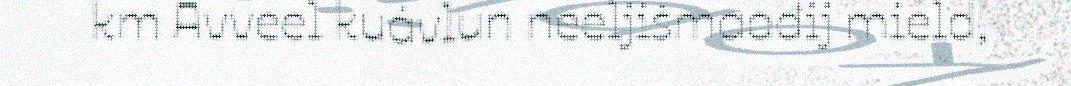
km Avveel kuávlun neeljišmaađij mield,